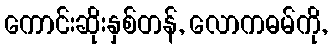
ကောင်းဆိုးနှစ်တန်, လောကဓမ်ကို,